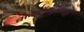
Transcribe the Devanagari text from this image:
बादऑस्ट्रेलियाई